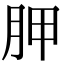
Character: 胛